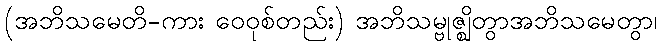
(အဘိသမေတိ-ကား ဝေဝုစ်တည်း) အဘိသမ္ဗုဇ္ဈိတွာအဘိသမေတွာ၊